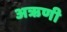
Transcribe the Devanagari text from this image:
अऋणी